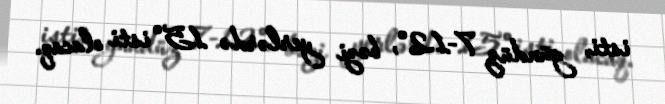
isti, gündüz 7-12°, bəzi yerlərdə 15° isti olacaq.